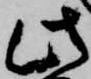
此